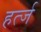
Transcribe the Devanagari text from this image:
हर्त्ज